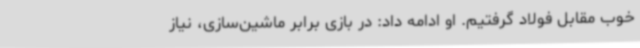
خوب مقابل فولاد گرفتیم. او ادامه داد:‌ در بازی برابر ماشین‌سازی، نیاز